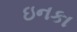
ઇનકા